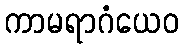
ကာမရာဂံယေဝ